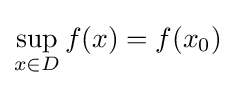
\sup _{x\in D}f(x)=f(x_{0})